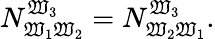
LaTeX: N_{\mathfrak{W}_{1}\mathfrak{W}_{2}}^{\mathfrak{W}_{3}}=N_{\mathfrak{W}_{2}\mathfrak{W}_{1}}^{\mathfrak{W}_{3}}.